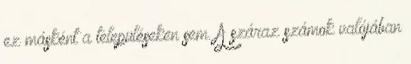
ez másként a településeken sem. A száraz számok valójában